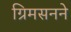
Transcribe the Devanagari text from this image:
ग्रिमसनने